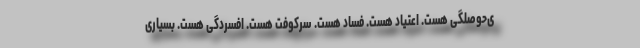
ی‌حوصلگی هست. اعتیاد هست. فساد هست. سرکوفت هست. افسردگی هست. بسیاری